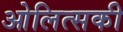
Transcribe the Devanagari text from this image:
ओलित्सकी